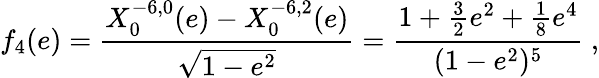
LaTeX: f_{4}(e)=\frac{X_{0}^{-6,0}(e)-X_{0}^{-6,2}(e)}{\sqrt{1-e^{2}}}=\frac{1+\frac 32e^{2}+\frac 18e^{4}}{(1-e^{2})^{5}}\ ,